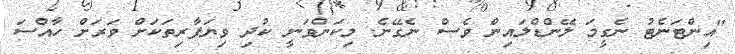
"އިންޓަނެޓު ނެގީމަ ލޭންޑްލައިން ވެސް ނެގޭނެ. މިކަންވަނީ ކުދި ވިޔަފާރިތަކަށް ވަރަށް ހާއްސަ